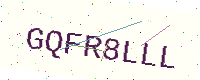
Text: GQFR8LLL